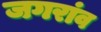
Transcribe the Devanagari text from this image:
जगरांव